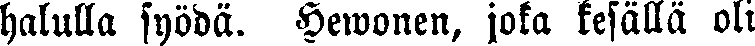
halulla syödä. Hewonen, joka kesällä oli